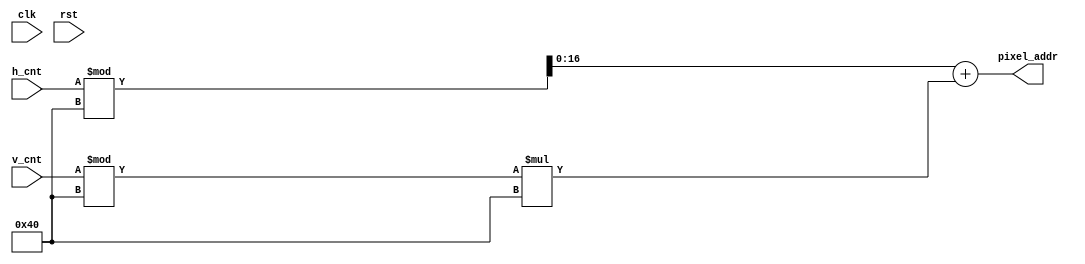
`timescale 1ns / 1ps
//////////////////////////////////////////////////////////////////////////////////
// Company: 
// Engineer: 
// 
// Design Name: 
// Module Name: mem_addr_gen
// Project Name: 
// Target Devices: 
// Tool Versions: 
// Description: 
// 
// Dependencies: 
// 
// Revision:
// Revision 0.01 - File Created
// Additional Comments:
// 
//////////////////////////////////////////////////////////////////////////////////


module mem_addr_gen(
  input clk,
  input rst,
  input [9:0] h_cnt,
  input [9:0] v_cnt,
  output [16:0] pixel_addr
);
  
assign pixel_addr = ((h_cnt)%64+((v_cnt)%64)*64);
    
endmodule